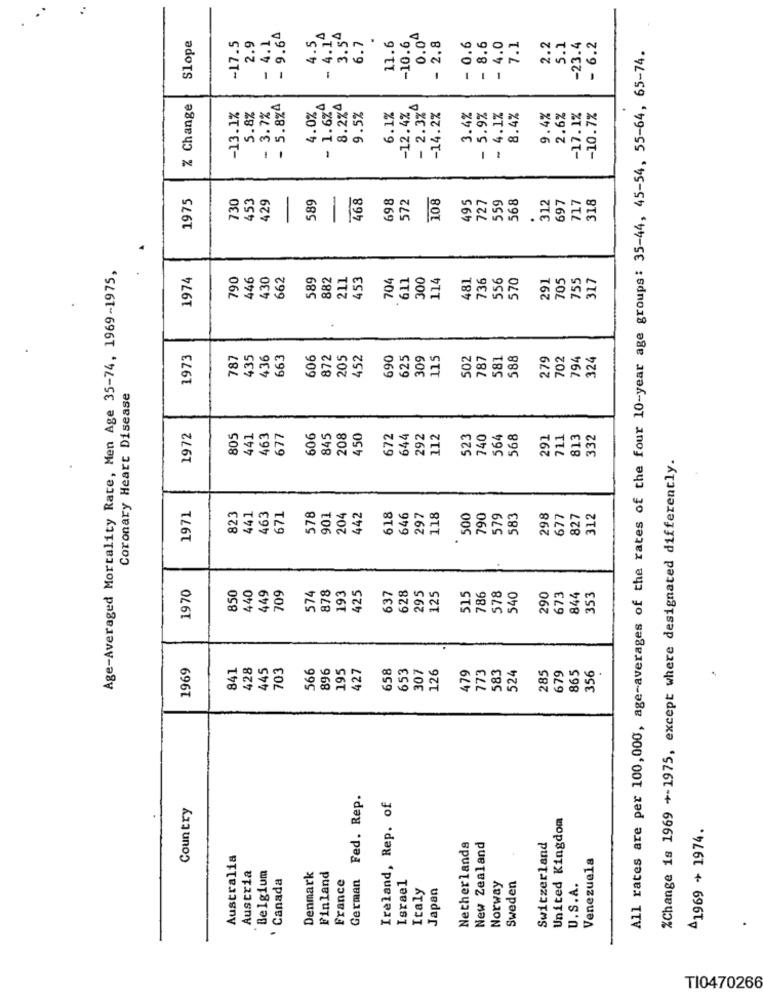
Slope
- 4.1
- 9.64
4.5
3.54
-10.6
0.04
-17.5
2.9
6.7
11.6
- 2.8
- 0.6
- 8.6
- 4.0
7.1
2.2
5.1
-23.4
- 6.2
All rates are per 100,000, age-averages of the rates of the four 10-year age groups: 35-44, 45-54, 55-64, 65-74.
% Change
5.8%
- 3.7%
- 5.8%4
- 1.6%º
8.2%4
-12.4%
- 2.3%º
-13.1%
4.0%
9.5%
6.1%
-14.2%
3.4%
- 5.9%
- 4.1%
8.4%
9.4%
2.6%
-17.1%
-10.7%
1975
730
453
589
468
698
108
495
727
568
97
717
318
429
572
559
312
.
Age-Averaged Mortality Rate, Men Age 35-74, 1969-1975,
1974
790
446
430
662
589
882
211
453
704
300
481
570
291
705
755
317
611
114
736
556
1973
787
435
+36
663
606
872
205
452
590
25
30$
115
502
787
581
588
279
702
194
324
Coronary Heart Disease
1972
805
441
463
677
506
845
208
450
572
644
292
1.12
523
740
564
568
291
711
813
332
%Change is 1969 +-1975, except where designated differently.
1971
823
441
463
571
78
901
204
442
618
646
297
118
500
790
579
583
298
677
827
312
1970
628
850
440
$49
709
574
878
193
425
537
295
125
515
786
578
540
290
673
844
353
1969
341
428
45
703
566
896
558
653
773
356
195
427
307
126
479
583
524
285
679
865
.
German Fed. Rep.
Country
Ireland, Rep. of
United Kingdom
1969 + 1974.
Netherlands
New Zealand
Switzerland
Australia
Venezuela
Austria
Belgium
. Canada
Denmark
Finland
France
Sweden
Israel
Italy
Japan
Norway
U.S.A.
.
T10470266